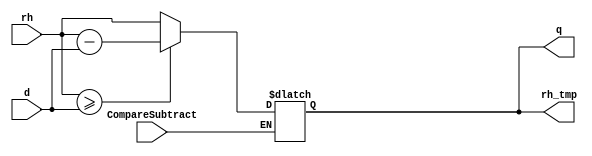
`timescale 1ns / 1ps

module CompareSubtract #(parameter WL = 4)
                        (input CompareSubtract,
                         input [WL-1:0] rh, d,
                         output [WL-1:0] q,
                         output reg [WL-1:0] rh_tmp);

integer i;

    always @ (*) begin
        if (CompareSubtract) begin
            for (i = 0; i <= WL-1; i = i + 1) begin
                if (rh >= d) begin
                    rh_tmp = rh - d;
                end
                else begin
                    rh_tmp = rh;
                end
            end
        end
    end
    
    assign q = rh_tmp;

endmodule